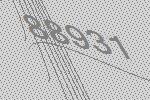
88931